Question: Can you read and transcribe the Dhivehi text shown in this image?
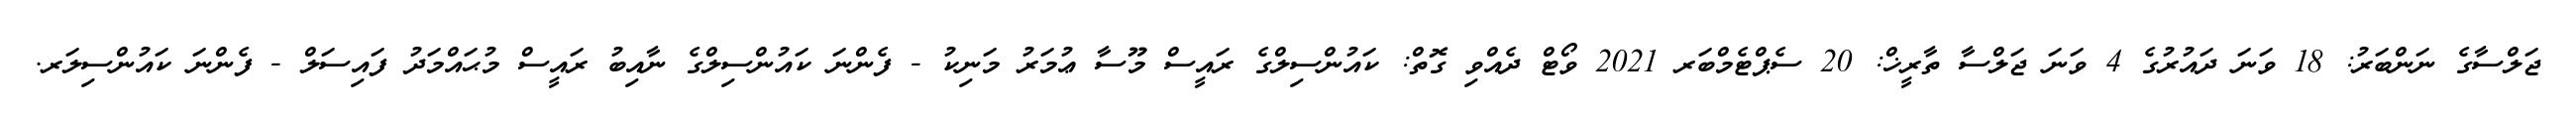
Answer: ޖަލްސާގެ ނަންބަރު: 18 ވަނަ ދައުރުގެ 4 ވަނަ ޖަލްސާ ތާރީޚް: 20 ސެޕްޓެމްބަރ 2021 ވޯޓް ދެއްވި ގޮތް: ކައުންސިލްގެ ރައީސް މޫސާ ޢުމަރު މަނިކު - ފެންނަ ކައުންސިލްގެ ނާއިބު ރައީސް މުޙައްމަދު ފައިސަލް - ފެންނަ ކައުންސިލަރ.